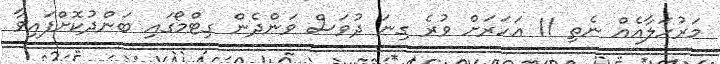
މަރުހަލާއެއް ނެތި 11 އަހަރަށް ވުރެ ގިނަ ދުވަސް ވަންދެން ގިޓްމޯގައި ބަންދުކޮށްފައިވާ